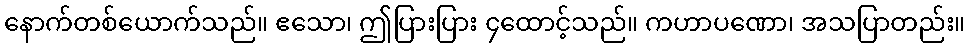
နောက်တစ်ယောက်သည်။ ဧသော၊ ဤပြားပြား ၄ထောင့်သည်။ ကဟာပဏော၊ အသပြာတည်း။